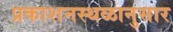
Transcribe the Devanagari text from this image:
प्रकाशनस्थळानुसार